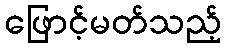
ဖြောင့်မတ်သည့်